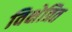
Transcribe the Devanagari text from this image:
विक्षेत्रित